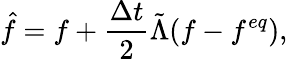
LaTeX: \hat{f}=f+\frac{\Delta t}{2}\tilde{\Lambda}(f-f^{eq}),